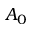
A _ { 0 }